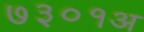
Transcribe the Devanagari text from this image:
७३०१अ